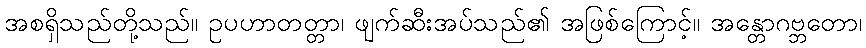
အစရှိသည်တို့သည်။ ဥပဟာတတ္တာ၊ ဖျက်ဆီးအပ်သည်၏ အဖြစ်ကြောင့်။ အန္တောဂဗ္ဘတော၊